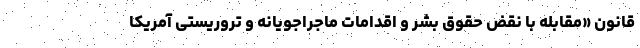
قانون «مقابله با نقض حقوق بشر و اقدامات ماجراجویانه و تروریستی آمریکا